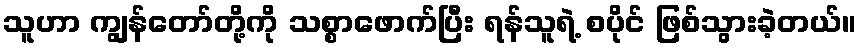
သူဟာ ကျွန်တော်တို့ကို သစ္စာဖောက်ပြီး ရန်သူရဲ့ စပိုင် ဖြစ်သွားခဲ့တယ်။